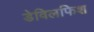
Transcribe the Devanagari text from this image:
डेविलफिश